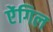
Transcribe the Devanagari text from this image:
ऐंगिल